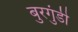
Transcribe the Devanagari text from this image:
बुरगुंडी